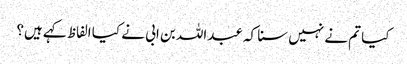
کیا تم نے نہیں سنا کہ عبداللہ بن ابی نے کیا الفاظ کہے ہیں؟